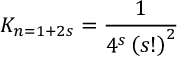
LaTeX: K _ { n = 1 + 2 s } = \frac { 1 } { 4 ^ { s } \left( s ! \right) ^ { 2 } }